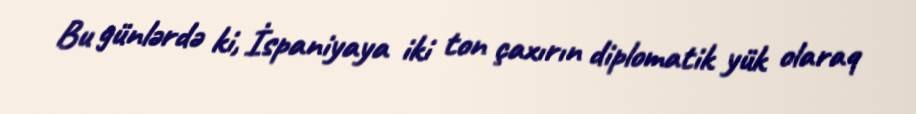
Bu günlərdə ki, İspaniyaya iki ton çaxırın diplomatik yük olaraq